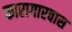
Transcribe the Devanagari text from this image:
कारागारवास